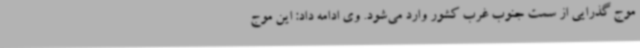
موج گذرایی از سمت جنوب غرب کشور وارد می‌شود. وی ادامه داد: این موج